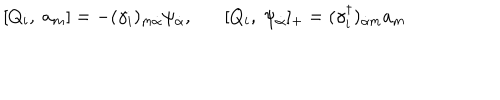
LaTeX: [ Q _ { i } , \; a _ { m } ] = - ( \gamma _ { i } ) _ { m \dot { \alpha } } \psi _ { \dot { \alpha } } , [ Q _ { i } , \; \psi _ { \dot { \alpha } } ] _ { + } = ( \gamma _ { i } ^ { \dagger } ) _ { \dot { \alpha } m } a _ { m }